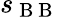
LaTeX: s_{\mathrm{~B~B~}}